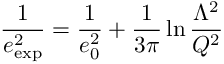
{ \frac { 1 } { e _ { \mathrm { e x p } } ^ { 2 } } } = { \frac { 1 } { e _ { 0 } ^ { 2 } } } + { \frac { 1 } { 3 \pi } } \ln { \frac { \Lambda ^ { 2 } } { Q ^ { 2 } } }